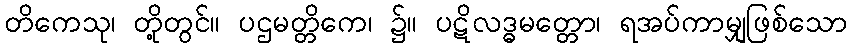
တိကေသု၊ တို့တွင်။ ပဌမတ္တိကေ၊ ၌။ ပဋိလဒ္ဓမတ္တော၊ ရအပ်ကာမျှဖြစ်သော